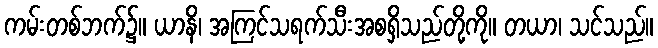
ကမ်းတစ်ဘက်၌။ ယာနိ၊ အကြင်သရက်သီးအစရှိသည်တို့ကို။ တယာ၊ သင်သည်။